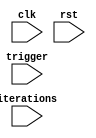
module LoopWithSkip(
    input wire clk,
    input wire rst,
    input wire trigger,
    input wire [7:0] iterations
);

reg [7:0] counter;

always @(posedge clk or posedge rst) begin
    if (rst) begin
        counter <= 0;
    end else begin
        if (trigger) begin
            counter <= 0;
        end else begin
            if (counter < iterations) begin
                // Perform some operation here
                counter <= counter + 1;
            end else begin
                counter <= 0;
            end
        end
    end
end

endmodule